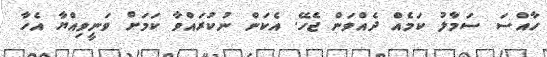
ހާއްސަ ސަމާލު ކަމެއް ދެއްވަން ޖެހޭ. އެކަން ނުކުރައްވާ ކަމަށް ވަނީވިއްޔާ އެހާ